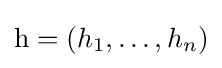
\mathrm {h} =(h_{1},\dots ,h_{n})